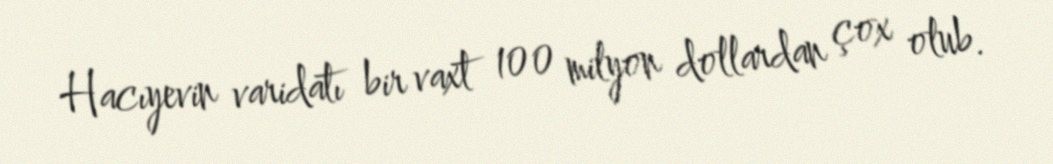
Hacıyevin varidatı bir vaxt 100 milyon dollardan çox olub.